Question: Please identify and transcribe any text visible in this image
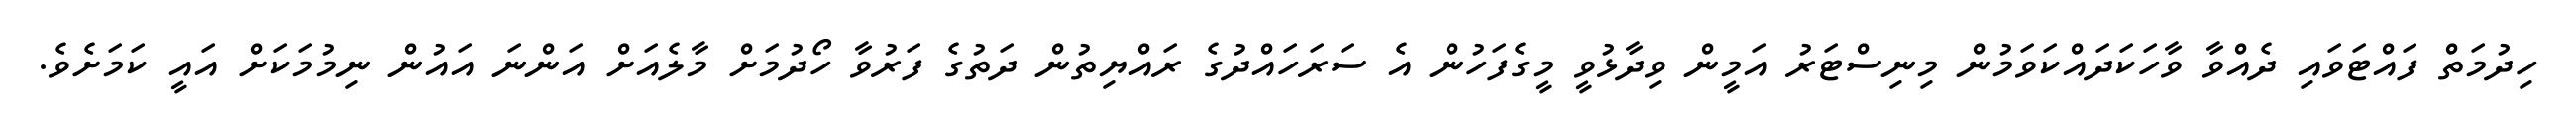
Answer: ހިދުމަތް ފައްޓަވައި ދެއްވާ ވާހަކަދައްކަވަމުން މިނިސްޓަރު އަމީން ވިދާޅުވީ މީގެފަހުން އެ ސަރަހައްދުގެ ރައްޔިތުން ދަތުގެ ފަރުވާ ހޯދުމަށް މާލެއަށް އަންނަ އައުން ނިމުމަކަށް އައީ ކަމަށެވެ.